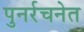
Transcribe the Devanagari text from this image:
पुनर्रचनेत